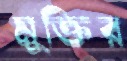
মুক্তির